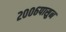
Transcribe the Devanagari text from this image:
२००६पासुन